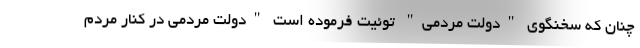
چنان که سخنگوی "دولت مردمی" توئیت فرموده است "دولت مردمی در کنار مردم